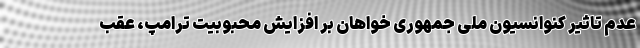
عدم تاثیر کنوانسیون ملی جمهوری خواهان بر افزایش محبوبیت ترامپ، عقب